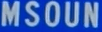
MSOUN